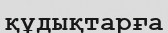
құдықтарға